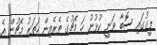
ލީގުގައި ސޮބާ ވަނީ ކުޅުނު ހަ މެޗުގެ ތެރެއިން ހަތަރު މެޗުން އެ